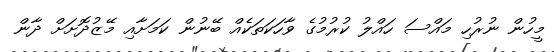
މީހުން ނުރުހި މައްސަ ހައްލު ކުރުމުގެ ވާހަކަތަކެއް ބޭނުން ކަމަށާއި މޭޒުދޮށަށް ދާން